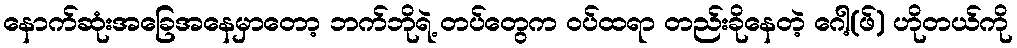
နောက်ဆုံးအခြေအနေမှာတော့ ဘက်ဘိုရဲ့ တပ်တွေက ဝပ်ထရာ တည်းခိုနေတဲ့ ဂေါ့(ဖ်) ဟိုတယ်ကို